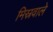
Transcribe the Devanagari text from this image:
मिस्रवाले